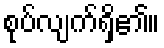
စုပ်လျက်ရှိ၏။